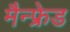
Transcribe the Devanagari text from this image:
मैन्फ्रेड